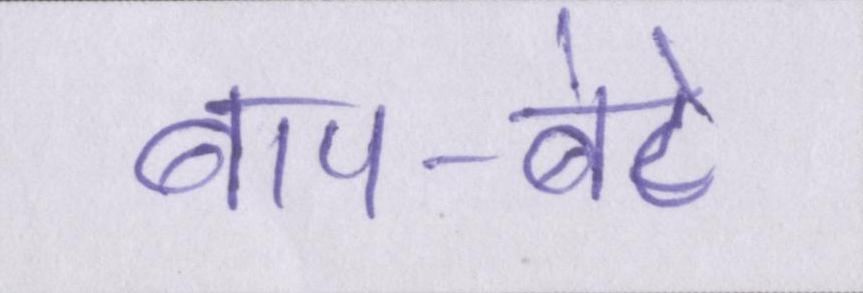
बाप-बेटे